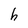
Character: h